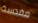
مقدسة